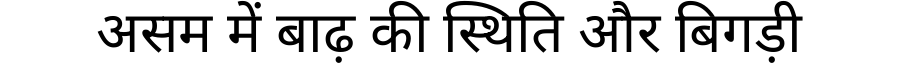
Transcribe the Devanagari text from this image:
असम में बाढ़ की स्थिति और बिगड़ी